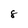
Character: 8